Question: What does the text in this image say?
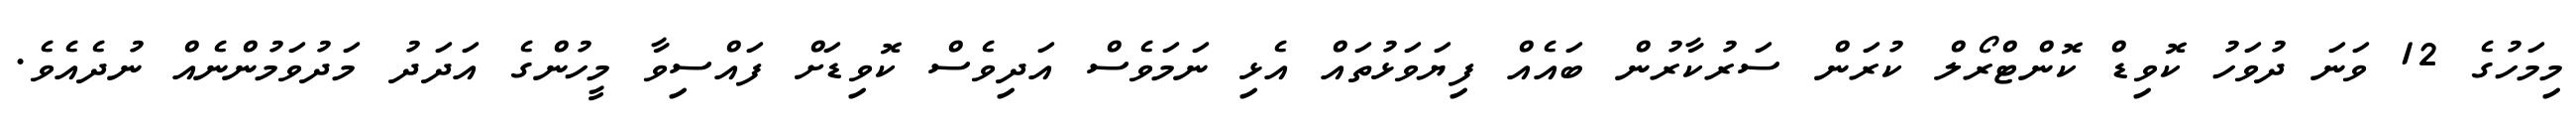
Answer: މިމަހުގެ 12 ވަނަ ދުވަހު ކޮވިޑް ކޮންޓްރޯލް ކުރަން ސަރުކާރުން ބައެއް ފިޔަވަޅުތައް އެޅި ނަމަވެސް އަދިވެސް ކޮވިޑަށް ފައްސިވާ މީހުންގެ އަދަދު މަދުވަމުންނެއް ނުދެއެވެ.